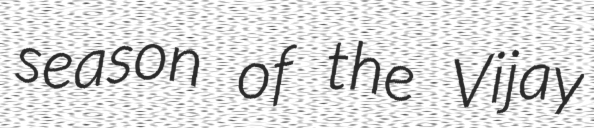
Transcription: season of the Vijay